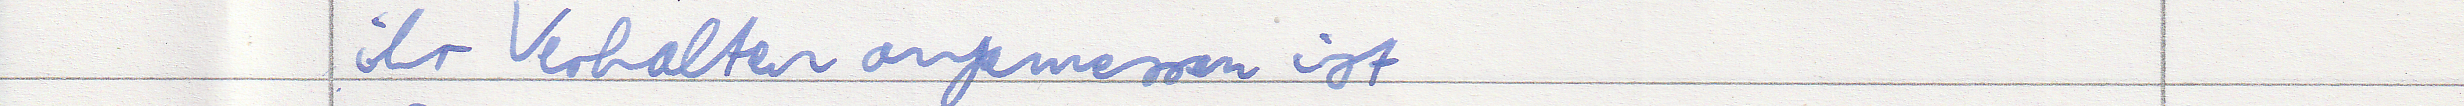
ihr Verhalten angemessen ist